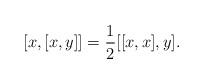
LaTeX: \begin{align*} [x,[x,y]]=\frac{1}{2}[[x,x],y].\end{align*}